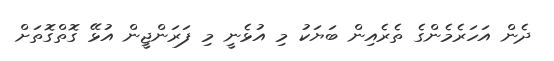
ދެން އަހަރެމެންގެ ތެރެއިން ބަޔަކު މި އުޅެނީ މި ފަރަންޖީން އުޅޭ ގޮތްގޮތަށް